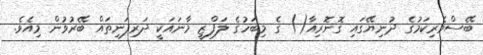
ބޭސްވެރިކަމުގެ ދުނިޔޭގައި ގޮނޮރިއާ() ގެ މިބަހުގެ ލަފްޒީ މާނައަކީ ދަރިފަނިތައް ބޭރުވުން މިއެވެ.